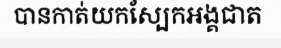
បានកាត់យកស្បែកអង្គជាត